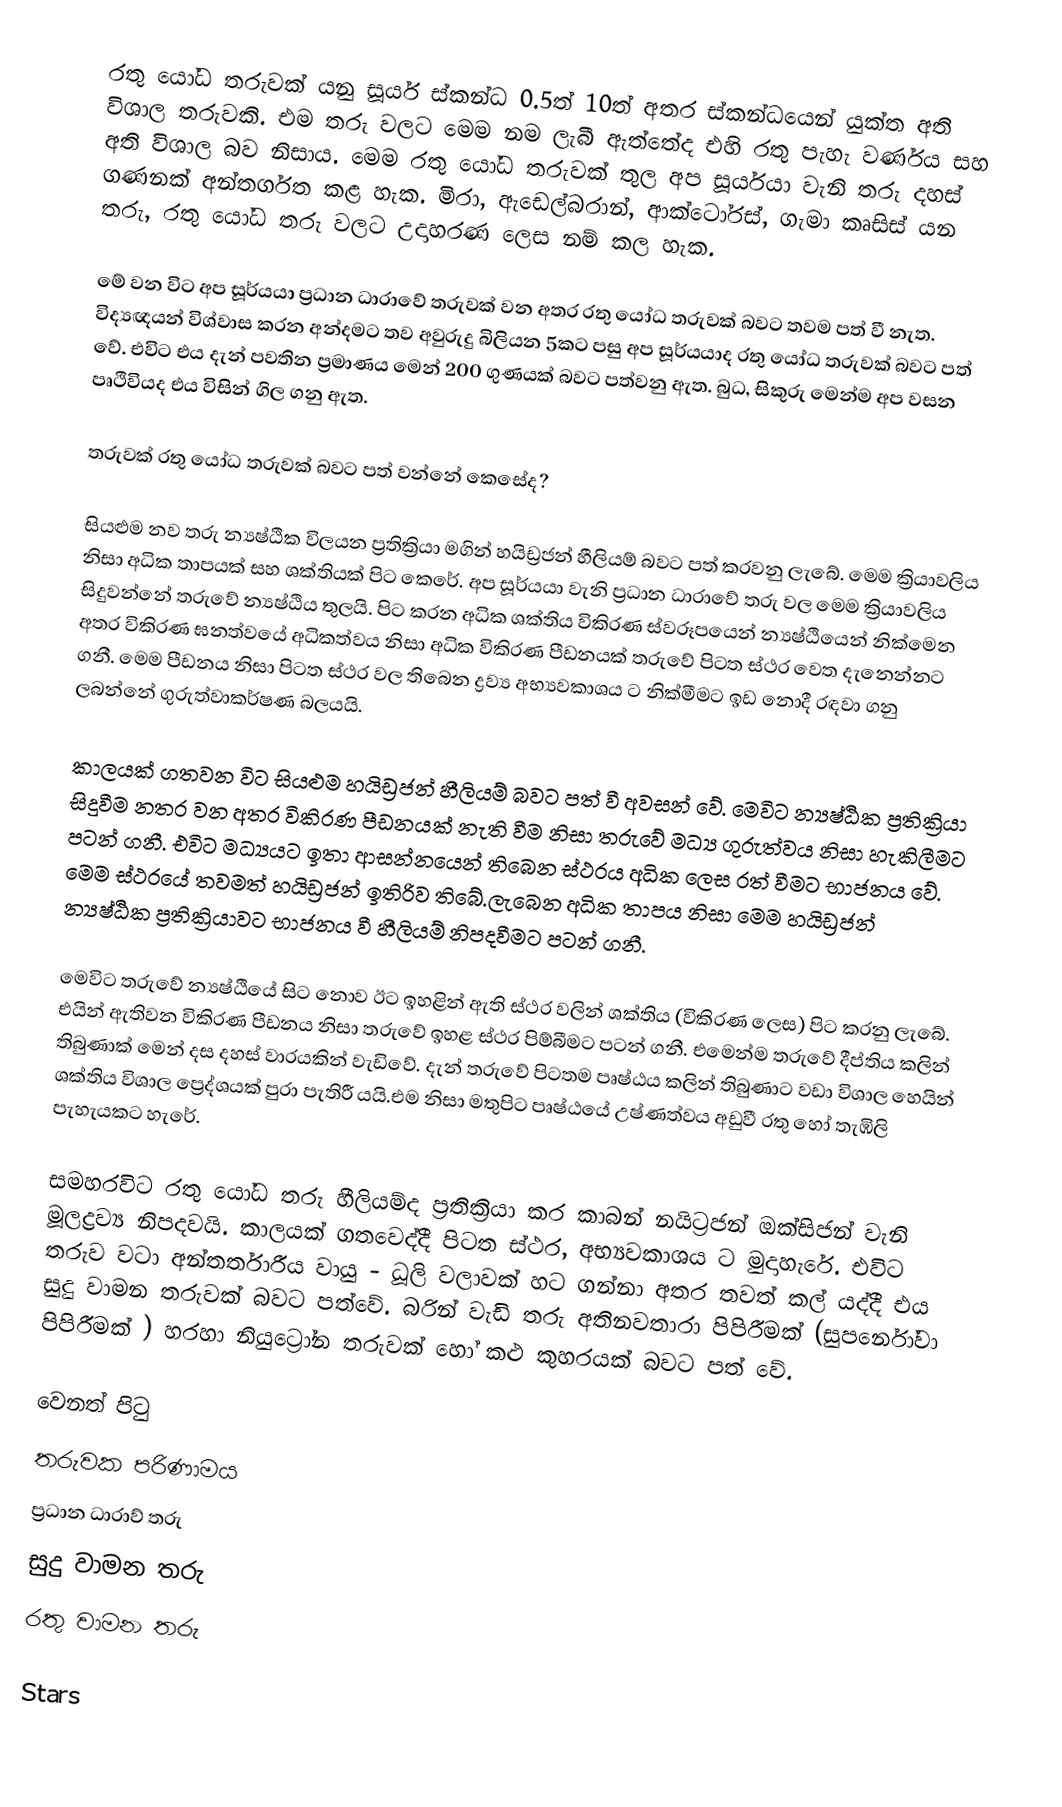
රතු යෝධ තරුවක් යනු සූර්ය ස්කන්ධ 0.5ත් 10ත් අතර ස්කන්ධයෙන් යුක්ත අති විශාල තරුවකි. එම තරු වලට මෙම නම ලැබී ඇත්තේද එහි රතු පැහැ වර්ණය සහ අති විශාල බව නිසාය. මෙම රතු යෝධ තරුවක් තුල අප සූර්යයා වැනි තරු දහස් ගණනක් අන්තර්ගත කළ හැක. මිරා, ඇඩෙල්බරාන්, ආක්ටෝරස්, ගැමා කෘසිස් යන තරු, රතු යෝධ තරු වලට උදාහරණ ලෙස නම් කල හැක.

මේ වන විට අප සූර්යයා ප්‍රධාන ධාරාවේ තරුවක් වන අතර රතු යෝධ තරුවක් බවට තවම පත් වී නැත. විද්‍යඥයන් විශ්වාස කරන අන්දමට තව අවුරුදු බිලියන 5කට පසු අප සූර්යයාද රතු යෝධ තරුවක් බවට පත් වේ. එවිට එය දැන් පවතින ප්‍රමාණය මෙන් 200 ගුණයක් බවට පත්වනු ඇත. බුධ, සිකුරු මෙන්ම අප වසන පෘථිවියද එය විසින් ගිල ගනු ඇත.

තරුවක් රතු යෝධ තරුවක් බවට පත් වන්නේ කෙසේද?

සියළුම නව තරු න්‍යෂ්ඨික විලයන ප්‍රතික්‍රියා මගින් හයිඩ්‍රජන් හීලියම් බවට පත් කරවනු ලැබේ. මෙම ක්‍රියාවලිය නිසා අධික තාපයක් සහ ශක්තියක් පිට කෙරේ. අප සූර්යයා වැනි ප්‍රධාන ධාරාවේ තරු වල මෙම ක්‍රියාවලිය සිදුවන්නේ තරුවේ න්‍යෂ්ඨිය තුලයි. පිට කරන අධික ශක්තිය විකිරණ ස්වරූපයෙන් න්‍යෂ්ඨියෙන් නික්මෙන අතර විකිරණ ඝනත්වයේ අධිකත්වය නිසා අධික විකිරණ පීඩනයක් තරුවේ පිටත ස්ථර වෙත දැනෙන්නට ගනී. මෙම පීඩනය නිසා පිටත ස්ථර වල තිබෙන ද්‍රව්‍ය අභ්‍යවකාශය ට නික්මීමට ඉඩ නොදී රඳවා ගනු ලබන්නේ ගුරුත්වාකර්ෂණ බලයයි.

කාලයක් ගතවන විට සියළුම හයිඩ්‍රජන් හීලියම් බවට පත් වී අවසන් වේ. මෙවිට න්‍යෂ්ඨික ප්‍රතික්‍රියා සිදුවීම නතර වන අතර විකිරණ පීඩනයක් නැති වීම නිසා තරුවේ මධ්‍ය ගුරුත්වය නිසා හැකිලීමට පටන් ගනී. එවිට මධ්‍යයට ඉතා ආසන්නයෙන් තිබෙන ස්ථරය අධික ලෙස රත් වීමට භාජනය වේ. මෙම ස්ථරයේ තවමත් හයිඩ්‍රජන් ඉතිරිව තිබේ.ලැබෙන අධික තාපය නිසා මෙම හයිඩ්‍රජන් න්‍යෂ්ඨික ප්‍රතික්‍රියාවට භාජනය වී හීලියම් නිපදවීමට පටන් ගනී.

මෙවිට තරුවේ න්‍යෂ්ඨියේ සිට නොව ඊට ඉහළින් ඇති ස්ථර වලින් ශක්තිය (විකිරණ ලෙස) පිට කරනු ලැබේ. එයින් ඇතිවන විකිරණ පීඩනය නිසා තරුවේ ඉහළ ස්ථර පිම්බීමට පටන් ගනී. එමෙන්ම තරුවේ දීප්තිය කලින් තිබුණාක් මෙන් දස දහස් වාරයකින් වැඩිවේ. දැන් තරුවේ පිටතම පෘෂ්ඨය කලින් තිබුණාට වඩා විශාල හෙයින් ශක්තිය විශාල ප්‍රෙද්ශයක් පුරා පැතිරී යයි.එම නිසා මතුපිට පෘෂ්ඨයේ උෂ්ණත්වය අඩුවී රතු හෝ තැඹිලි පැහැයකට හැරේ.

සමහරවිට රතු යෝධ තරු හීලියම්ද ප්‍රතික්‍රියා කර කාබන් නයිට්‍රජන් ඔක්සිජන් වැනි මූලද්‍රව්‍ය නිපදවයි. කාලයක් ගතවෙද්දී පිටත ස්ථර, අභ්‍යවකාශය ට මුදාහැරේ. එවිට තරුව වටා අන්තර්තාරීය වායු - ධූලි වලාවක් හට ගන්නා අතර තවත් කල් යද්දී එය සුදු වාමන තරුවක් බවට පත්වේ. බරින් වැඩි තරු අතිනවතාරා පිපිරීමක් (සුපර්නෝවා පිපිරීමක් ) හරහා නියුට්‍රෝන තරුවක් හෝ කළු කුහරයක් බවට පත් වේ.

වෙනත් පිටු
 තරුවක පරිණාමය
 ප්‍රධාන ධාරාව් තරු
 සුදු වාමන තරු
 රතු වාමන තරු

Stars